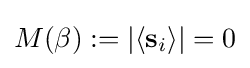
M(\beta ):=|\langle \mathbf {s} _{i}\rangle |=0